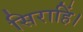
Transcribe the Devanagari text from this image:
सिराहिं।